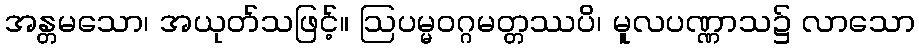
အန္တမသော၊ အယုတ်သဖြင့်။ ဩပမ္မဝဂ္ဂမတ္တဿပိ၊ မူလပဏ္ဏာသ၌ လာသော